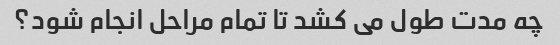
چه مدت طول می کشد تا تمام مراحل انجام شود؟